Source: Handwritten
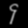
Digit: ၄ (4)